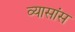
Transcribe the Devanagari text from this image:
व्यासांस